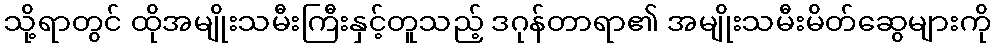
သို့ရာတွင် ထိုအမျိုးသမီးကြီးနှင့်တူသည့် ဒဂုန်တာရာ၏ အမျိုးသမီးမိတ်ဆွေများကို